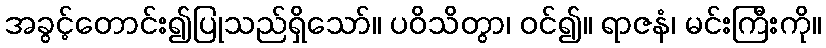
အခွင့်တောင်း၍ပြုသည်ရှိသော်။ ပဝိသိတွာ၊ ဝင်၍။ ရာဇနံ၊ မင်းကြီးကို။